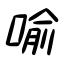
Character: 喩